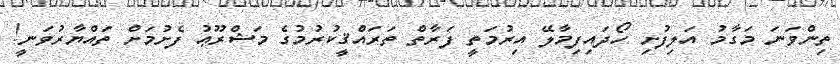
ތިންވަނަ މަގާމު އަލިފުށި ހޯދައިފިމާލޭ އިރުމަތީ ފަރާތް ތަރައްޤީކުރުމުގެ މަޝްރޫޢު ފެށުމަށް ތައްޔާރުވަނީ!